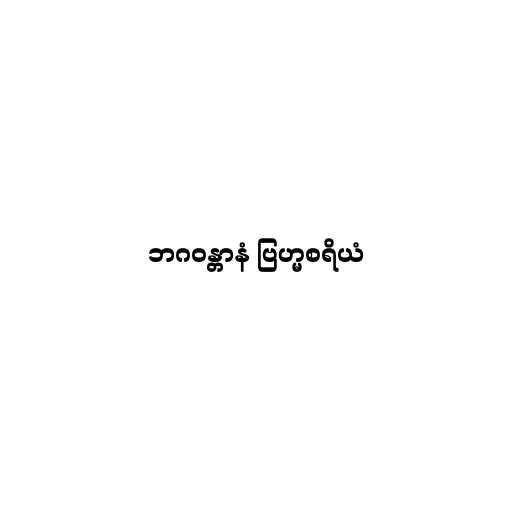
ဘဂဝန္တာနံ ဗြဟ္မစရိယံ